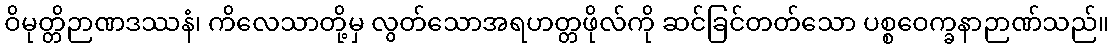
ဝိမုတ္တိဉာဏဒဿနံ၊ ကိလေသာတို့မှ လွတ်သောအရဟတ္တဖိုလ်ကို ဆင်ခြင်တတ်သော ပစ္စဝေက္ခနာဉာဏ်သည်။